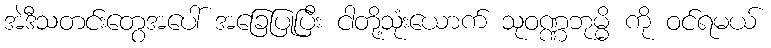
အဲဒီသတင်းတွေအပေါ် အခြေပြုပြီး ငါတို့သုံးယောက် သုဝဏ္ဏဘုမ္မိ ကို ဝင်ရမယ်